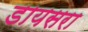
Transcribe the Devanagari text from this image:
डायसरा